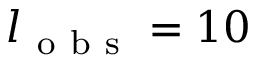
l _ { \mathrm { ~ o ~ b ~ s ~ } } = 1 0